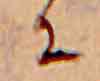
に